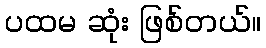
ပထမ ဆုံး ဖြစ်တယ်။